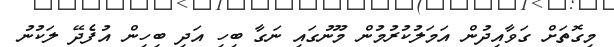
މިގޮތަށް ގަވާއިދުން އަމަލުކުރުމުން މޫނުގައި ނަގާ ބިހި އަދި ބިހިން އުފެދޭ ލަކުނު